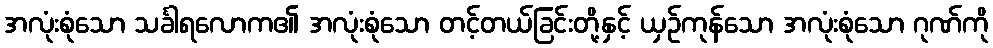
အလုံးစုံသော သင်္ခါရလောက၏ အလုံးစုံသော တင့်တယ်ခြင်းတို့နှင့် ယှဉ်ကုန်သော အလုံးစုံသော ဂုဏ်ကို